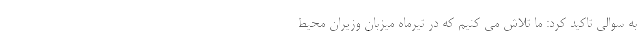
به سوالی تاکید کرد: ما تلاش می کنیم که در تیرماه میزبان وزیران محیط